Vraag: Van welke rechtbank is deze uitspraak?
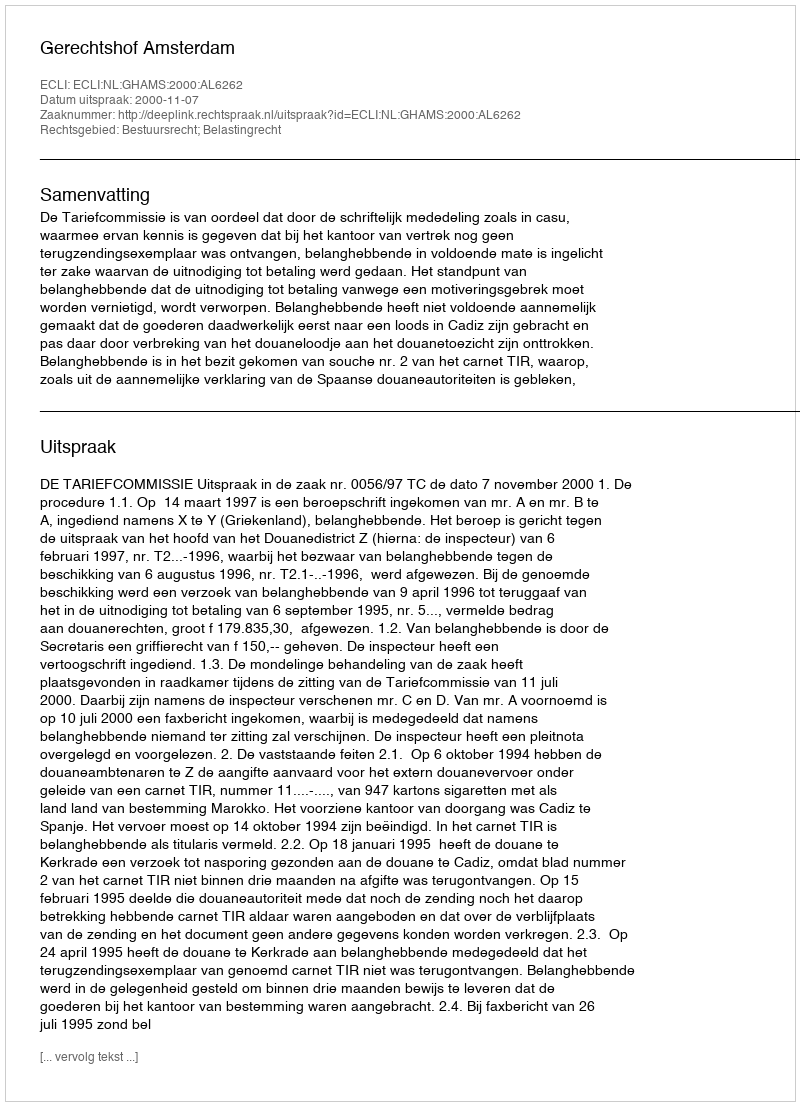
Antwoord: Gerechtshof Amsterdam